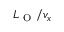
L _ { \mathrm { ~ O ~ } } / v _ { x }